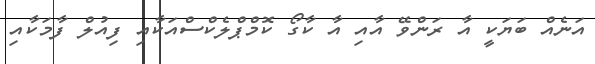
އަނެއް ބަޔަކީ އާ ރަންވޭ އާއި އާ ކާގޯ ކޮމްޕްލެކްސްއަކާއި ފިއުލް ފާމަކާއި